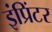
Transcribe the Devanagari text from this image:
इंप्रिंटर